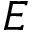
{ \boldsymbol E }